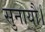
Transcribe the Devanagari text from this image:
सुनायौ।